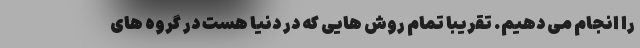
را انجام می دهیم. تقریباً تمام روش هایی که در دنیا هست در گروه های